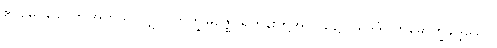
ဧဝမေဝခေါ၊ ဤအတူသာလျှင်။ ဘိက္ခုမဇ္ဈေ၊ ရဟန်းတို့အလယ်၌။ ယဒိဒံပါတိမောက္ခုဒ္ဒေသော၊